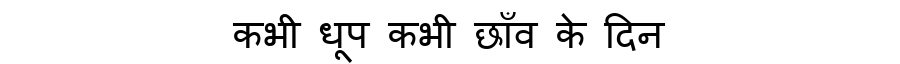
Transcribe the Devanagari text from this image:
कभी धूप कभी छाँव के दिन